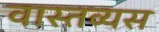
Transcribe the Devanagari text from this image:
वास्तव्यस